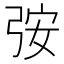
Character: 𮱷